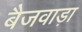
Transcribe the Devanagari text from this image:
बैजवाड़ा